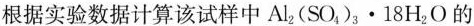
根据实验数据计算该试样中$$Al _ { 2}(SO _ { 4}) _ { 3} \times 18H _ { 2}O$$的